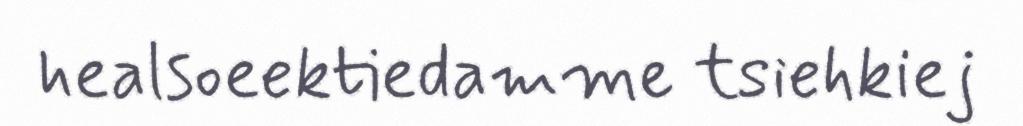
healsoeektiedamme tsiehkiej